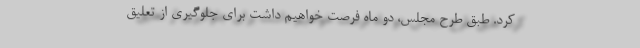
کرد. طبق طرح مجلس، دو ماه فرصت خواهیم داشت برای جلوگیری از تعلیق